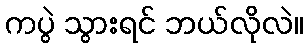
ကပွဲ သွားရင် ဘယ်လိုလဲ။